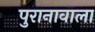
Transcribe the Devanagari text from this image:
पुरानावाला